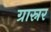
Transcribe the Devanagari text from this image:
ग्रास्नर